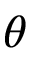
\theta